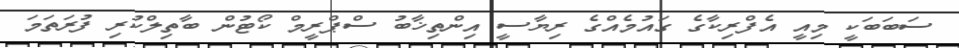
ސަބަބަކީ މިއީ އެފްރިކާގެ ގައުމެއްގެ ރިޔާސީ އިންތިޚާބު ސްޕްރީމް ކޯޓުން ބާތިލްކުރި ފުރަތަމަ